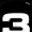
Digit: 3